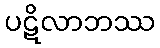
ပဋိလာဘဿ